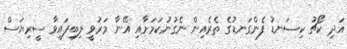
އަދި ކޯޗު ކިސަނޑު ފެންގަނޑުގެ ތެރެއިން ނެގުނުކަމަށާއި އޭނާ މަރުވީ ލިބިފައިވާ ސީރިޔަސް